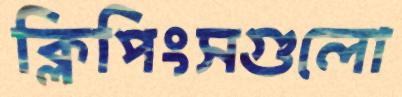
ক্লিপিংসগুলো